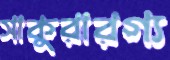
সাকুরারগ্য